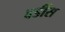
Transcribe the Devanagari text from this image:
वर्डीस